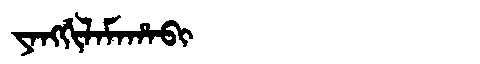
Manchu: ᠶᠠᠩᡤᡳᠯᠠᠮᠠᡥᠠᠪᡳ
Romanization: YANGGILAMAHABI